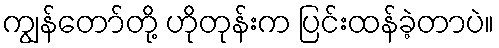
ကျွန်တော်တို့ ဟိုတုန်းက ပြင်းထန်ခဲ့တာပဲ။